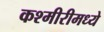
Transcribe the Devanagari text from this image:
कश्मीरीमध्ये